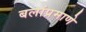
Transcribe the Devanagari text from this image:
बलांप्रमाणे